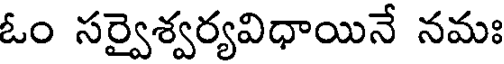
ఓం సర్వైశ్వర్యవిధాయినే నమః